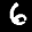
Label: 6